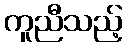
ကူညီသည့်